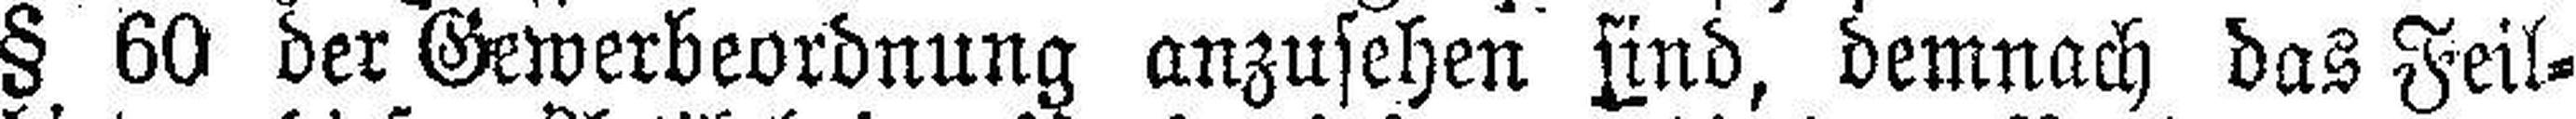
§ 60 der Gewerbeordnung anzusehen sind, demnach das Feil¬